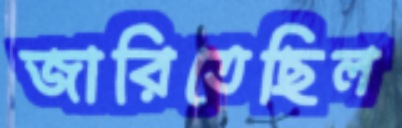
জারিতেছিল